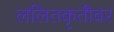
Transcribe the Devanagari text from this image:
ललितकृतीवर